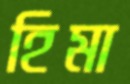
হিমা